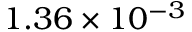
1 . 3 6 \times 1 0 ^ { - 3 }